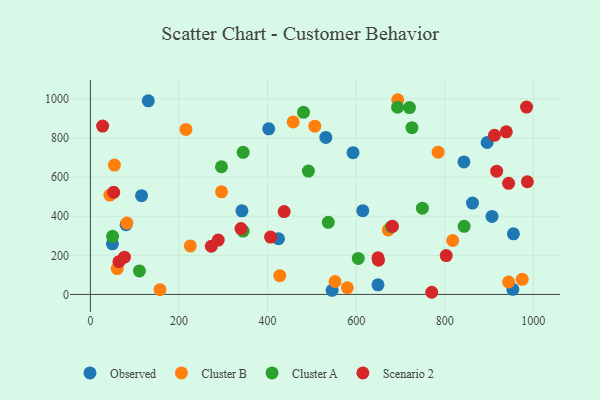
{"axis": {"x": "Investment", "y": "Rating"}, "legend": ["Cluster A", "Cluster B", "Observed", "Scenario 2"], "data": [{"x": "906.7", "y": 398.7, "type": "Observed"}, {"x": "895.6", "y": 776.9, "type": "Observed"}, {"x": "115.5", "y": 504.8, "type": "Observed"}, {"x": "130.7", "y": 989.7, "type": "Observed"}, {"x": "402.6", "y": 846.5, "type": "Observed"}, {"x": "953.7", "y": 26.1, "type": "Observed"}, {"x": "843.3", "y": 677.7, "type": "Observed"}, {"x": "531.5", "y": 802.7, "type": "Observed"}, {"x": "862.6", "y": 467.2, "type": "Observed"}, {"x": "49.8", "y": 258.7, "type": "Observed"}, {"x": "955.0", "y": 309.7, "type": "Observed"}, {"x": "80.6", "y": 356.4, "type": "Observed"}, {"x": "545.7", "y": 21.1, "type": "Observed"}, {"x": "424.7", "y": 284.6, "type": "Observed"}, {"x": "649.2", "y": 49.0, "type": "Observed"}, {"x": "342.1", "y": 427.5, "type": "Observed"}, {"x": "592.9", "y": 724.8, "type": "Observed"}, {"x": "614.9", "y": 428.0, "type": "Observed"}, {"x": "693.8", "y": 995.5, "type": "Cluster B"}, {"x": "427.5", "y": 95.7, "type": "Cluster B"}, {"x": "506.6", "y": 860.2, "type": "Cluster B"}, {"x": "944.1", "y": 63.6, "type": "Cluster B"}, {"x": "43.9", "y": 507.8, "type": "Cluster B"}, {"x": "225.6", "y": 248.0, "type": "Cluster B"}, {"x": "457.8", "y": 881.8, "type": "Cluster B"}, {"x": "580.1", "y": 34.1, "type": "Cluster B"}, {"x": "296.1", "y": 524.5, "type": "Cluster B"}, {"x": "552.2", "y": 66.1, "type": "Cluster B"}, {"x": "785.0", "y": 727.1, "type": "Cluster B"}, {"x": "157.1", "y": 24.2, "type": "Cluster B"}, {"x": "817.9", "y": 275.8, "type": "Cluster B"}, {"x": "974.8", "y": 77.0, "type": "Cluster B"}, {"x": "215.8", "y": 843.5, "type": "Cluster B"}, {"x": "54.2", "y": 661.6, "type": "Cluster B"}, {"x": "672.4", "y": 329.8, "type": "Cluster B"}, {"x": "60.5", "y": 132.1, "type": "Cluster B"}, {"x": "82.4", "y": 364.7, "type": "Cluster B"}, {"x": "749.5", "y": 441.0, "type": "Cluster A"}, {"x": "344.9", "y": 726.6, "type": "Cluster A"}, {"x": "492.2", "y": 630.6, "type": "Cluster A"}, {"x": "679.3", "y": 345.9, "type": "Cluster A"}, {"x": "110.7", "y": 120.0, "type": "Cluster A"}, {"x": "843.7", "y": 348.1, "type": "Cluster A"}, {"x": "604.7", "y": 184.0, "type": "Cluster A"}, {"x": "344.7", "y": 323.7, "type": "Cluster A"}, {"x": "481.1", "y": 931.1, "type": "Cluster A"}, {"x": "537.1", "y": 368.5, "type": "Cluster A"}, {"x": "720.4", "y": 955.2, "type": "Cluster A"}, {"x": "725.9", "y": 852.6, "type": "Cluster A"}, {"x": "295.9", "y": 652.9, "type": "Cluster A"}, {"x": "693.4", "y": 957.1, "type": "Cluster A"}, {"x": "50.1", "y": 297.2, "type": "Cluster A"}, {"x": "938.9", "y": 831.4, "type": "Scenario 2"}, {"x": "64.5", "y": 167.3, "type": "Scenario 2"}, {"x": "27.6", "y": 860.7, "type": "Scenario 2"}, {"x": "944.1", "y": 568.2, "type": "Scenario 2"}, {"x": "649.2", "y": 187.6, "type": "Scenario 2"}, {"x": "273.0", "y": 246.4, "type": "Scenario 2"}, {"x": "681.9", "y": 348.1, "type": "Scenario 2"}, {"x": "984.7", "y": 957.9, "type": "Scenario 2"}, {"x": "986.5", "y": 576.0, "type": "Scenario 2"}, {"x": "770.6", "y": 11.0, "type": "Scenario 2"}, {"x": "288.7", "y": 278.0, "type": "Scenario 2"}, {"x": "406.8", "y": 293.4, "type": "Scenario 2"}, {"x": "803.3", "y": 198.8, "type": "Scenario 2"}, {"x": "912.2", "y": 813.4, "type": "Scenario 2"}, {"x": "650.3", "y": 174.8, "type": "Scenario 2"}, {"x": "437.4", "y": 423.6, "type": "Scenario 2"}, {"x": "339.9", "y": 336.6, "type": "Scenario 2"}, {"x": "917.2", "y": 630.1, "type": "Scenario 2"}, {"x": "76.8", "y": 190.5, "type": "Scenario 2"}, {"x": "52.6", "y": 522.1, "type": "Scenario 2"}]}